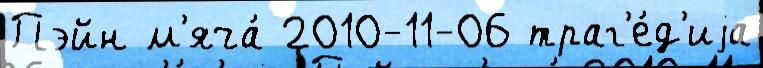
Пэйн м'яча́ 2010-11-06 траг'е́д'иjа